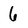
Character: 6